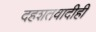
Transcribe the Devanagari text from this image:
दहशतवादीही